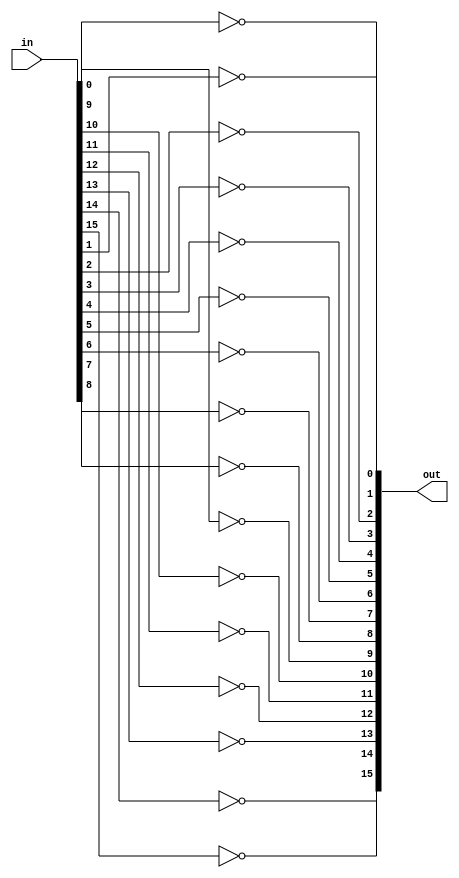
module Not16 (
  input[15:0]  in,
  output[15:0] out
);

  genvar i;
  for(i=0; i<16; i=i+1) begin
    not(out[i], in[i]);
  end

endmodule